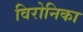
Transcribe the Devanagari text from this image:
विरोनिका